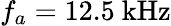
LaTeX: f_{a}=12.5~\mathrm{kHz}